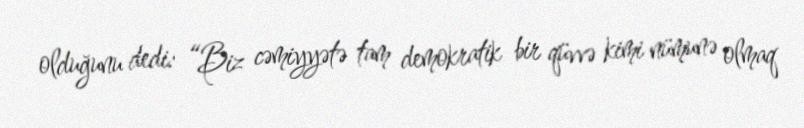
olduğunu dedi: “Biz cəmiyyətə tam demokratik bir qüvvə kimi nümunə olmaq